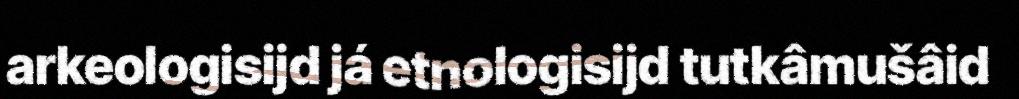
arkeologisijd já etnologisijd tutkâmušâid